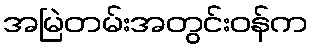
အမြဲတမ်းအတွင်းဝန်က